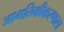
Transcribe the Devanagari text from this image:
जागतिकीकरणाला